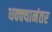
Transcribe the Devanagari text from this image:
धक्क्यानंतर